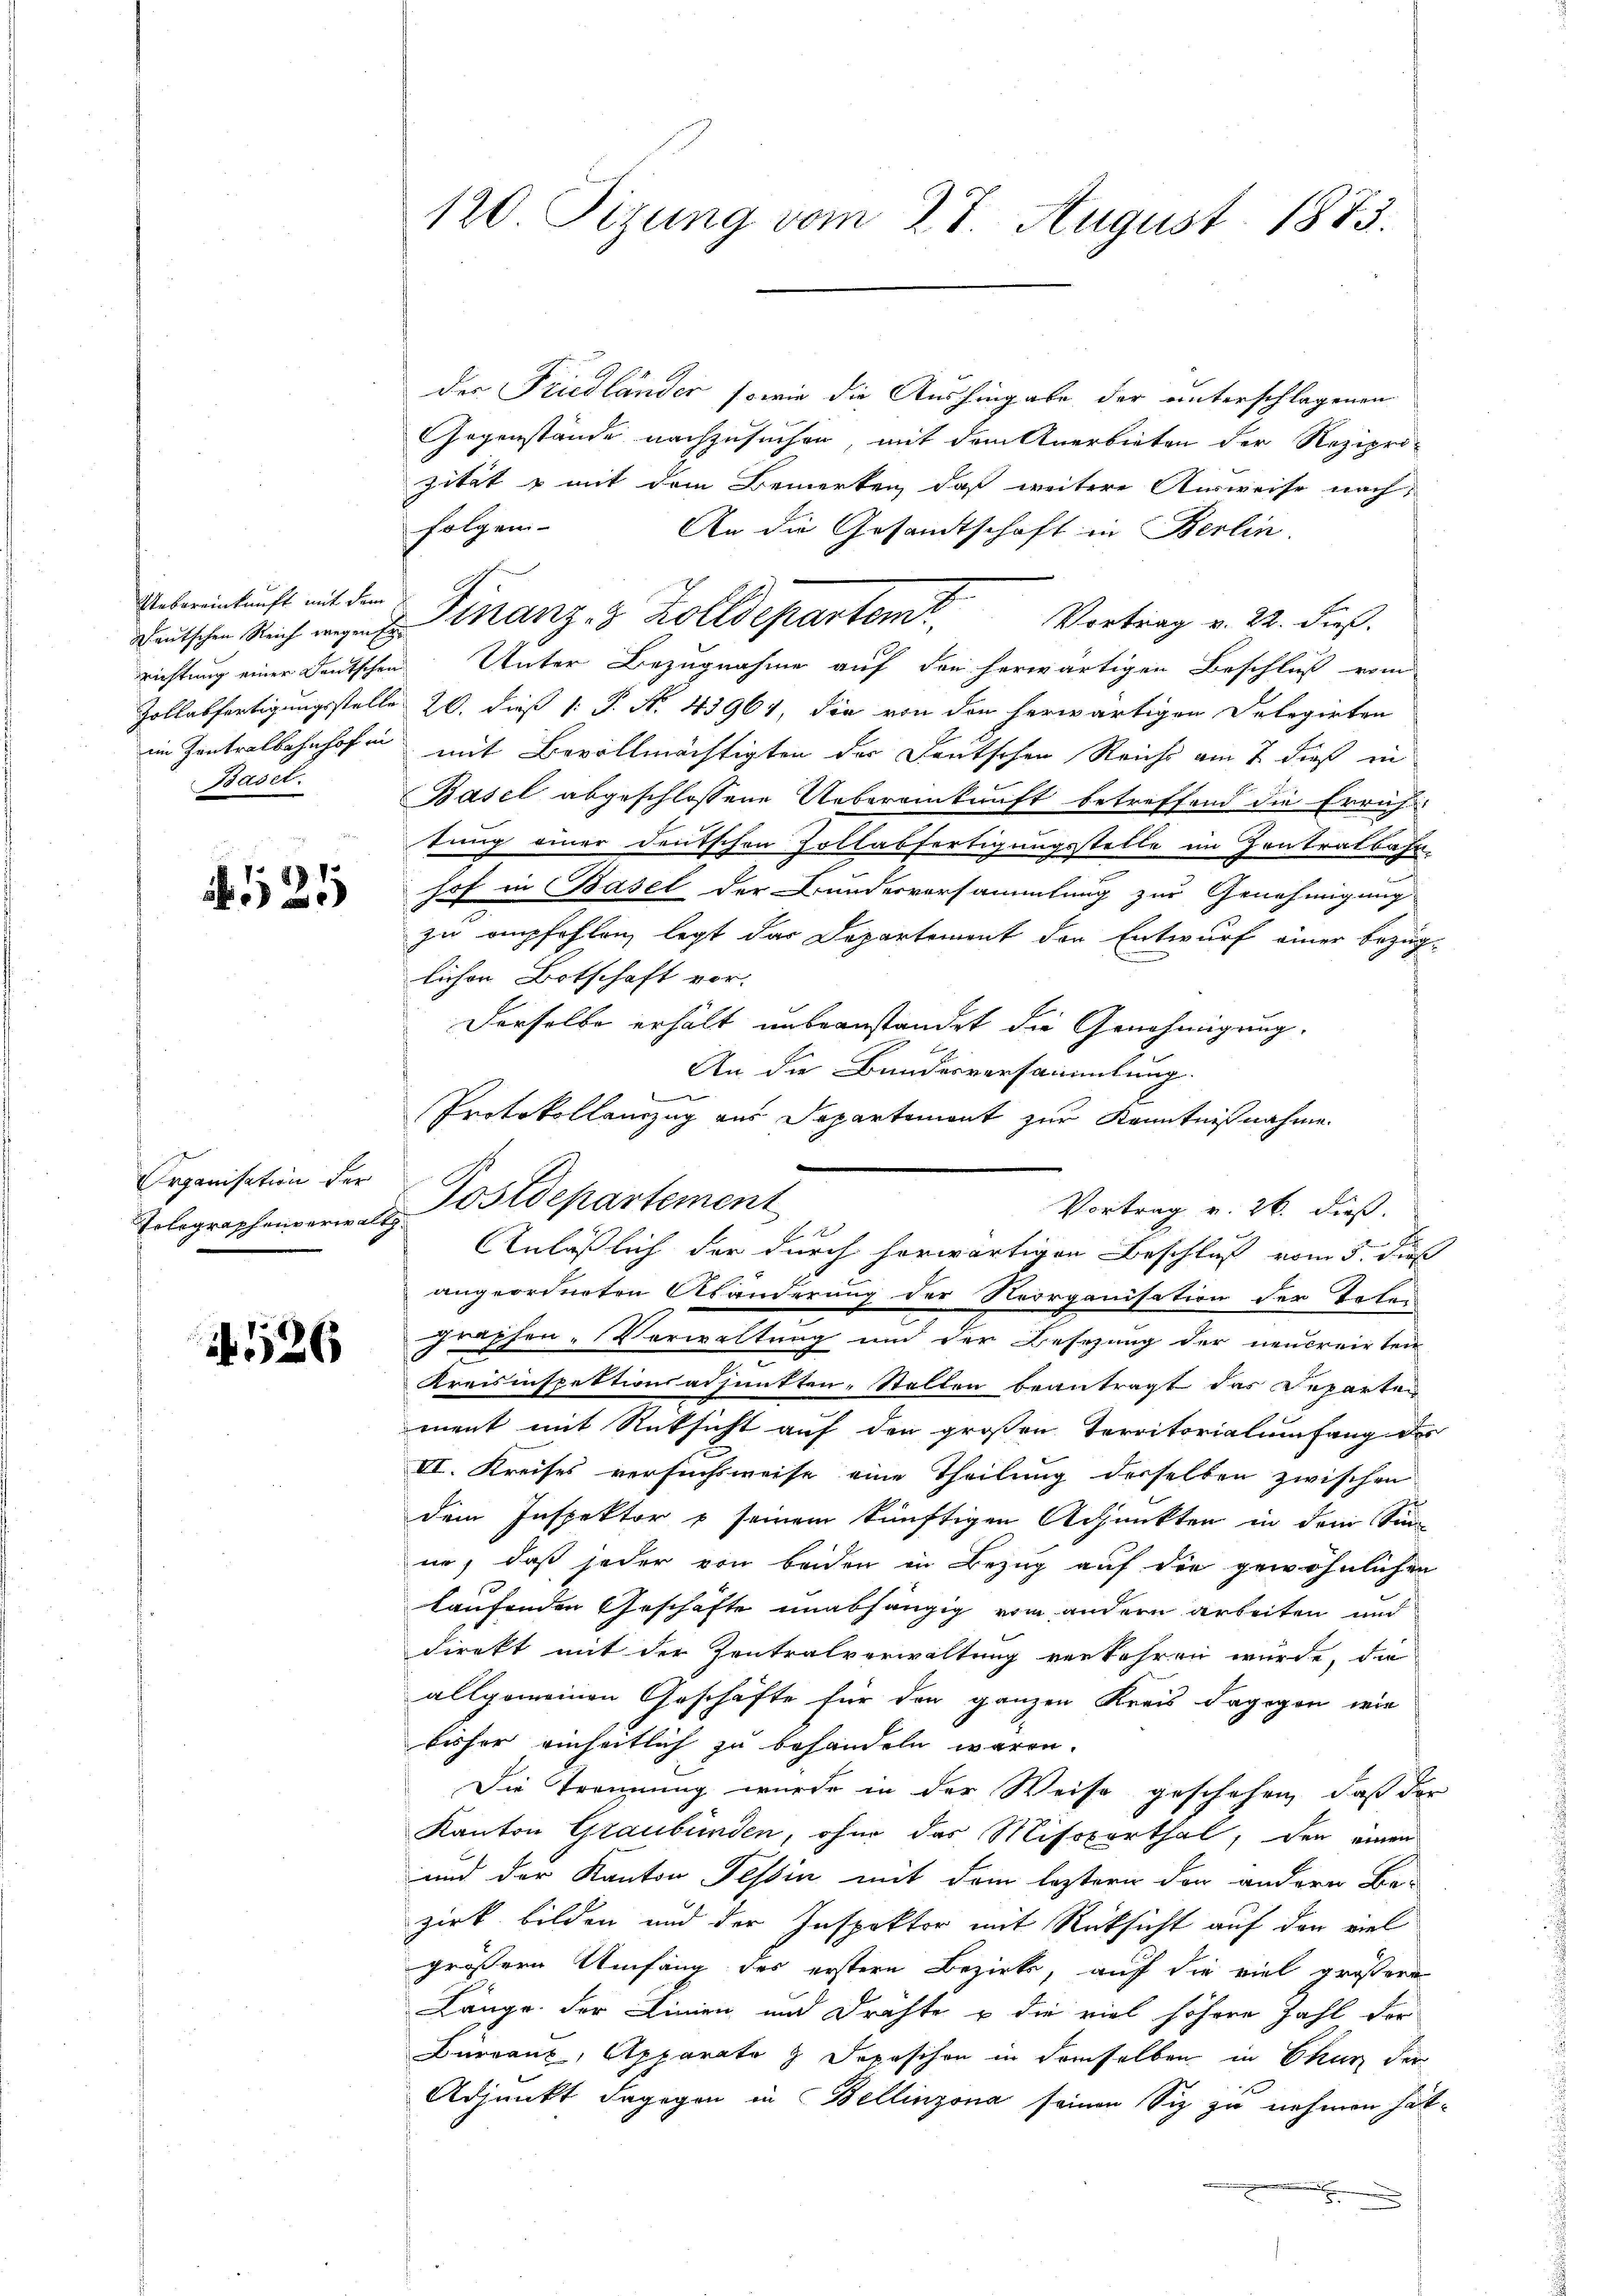
Uebereinkunft mit dem
Deutschen Reich wegen Errichtung einer Deutschen
Zollabfertigungsstelle
im Zentralbahnhof in
Basel.

12

Organisation der
Telegraphenverwalt

1526

120 Tizung vom 27. August 1873.

der Friedländer, sowie die Aushingabe der unterschlagenen
Gegenstände nachzusuchen, mit dem Anerbieten der Rezipro-
zität & mit dem Bemerken, daß weitere Ausweise nach
folgen
An die Gesandtschaft in Berlin.
Unter Bezugnahme auf den herwärtigen Beschluß vom
20. dieß (: P. No. 43964, die von den herwärtigen Delegirten
mit Bevollmächtigten der Deutschen Reicht am 7 dieß in
Basel abgeschlossene Uebereinkunft betreffend die Erruf
tung einer deutschen Zollabfertigungsstelle im Zentratbahn
hof in Basel der Bundesvorsammlung zur Genehmigung
zu empfohlen, legt das Departement der Entwurf einer Bezug
lichen Botschaft vor.
Derselbe erhält unbeanstandet die Genehmigung.
An die Bundesversammlung.
e
Protokollanzug aus Departemont zur Kenntnißnahme
angeordneten Abänderung der Neorganisation der Tes
graphen-Verwaltung und der Besezung der neucreirten
.
Kreisinspektionsadjunkten-Stellen beantragt das Departen
ment mit Rücksicht auf den großen Territorialumfang de
VI. Kreises versuchsweise eine Theilung derselben zwischen
dem Inspektor & seinem künftigen Achpunkten in dem Sin
ne, daß jeder von beiden in Bezug auf die gewöhnlichen
x
laufenden Geschäfte unabhängig vom andern arbeiten und
direkt mit der Zentralverwaltung verkehren wurde, da
allgemeinen Geschäfte für den ganzen Kreis dagegen wie
bisher einheitlich zu behandeln waren.
Die Trennung wurde in der Weise geschehen, daß der
Kanton Graubünden, ohne das Missporthal, den einen
und der Kanton Tessin mit dem leztern der andern Be-
zirk bilden und der Inspektor mit Rücksicht auf den viel
größern Umfang des erstern Bezirk, auf die viel größere
Länge der Linien und Drahte u die viel höhere Zahl der
Büreaux, Apparato 2 Depeschon in demselben in Chur der
Adjunkt dagegen in Bellinzona seinen Siz zu nehmen hat
.

Finanz- 3 Zolldepartemt. Vertrag v. 22. die

Postdepartement
Vortrag v. 26. dieß.
x
Anläßlich der durch herwärtigen Beschluß vom 5. Jus